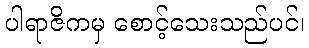
ပါရာဇိကမှ စောင့်သေးသည်ပင်၊